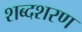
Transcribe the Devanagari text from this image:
शब्दशरण